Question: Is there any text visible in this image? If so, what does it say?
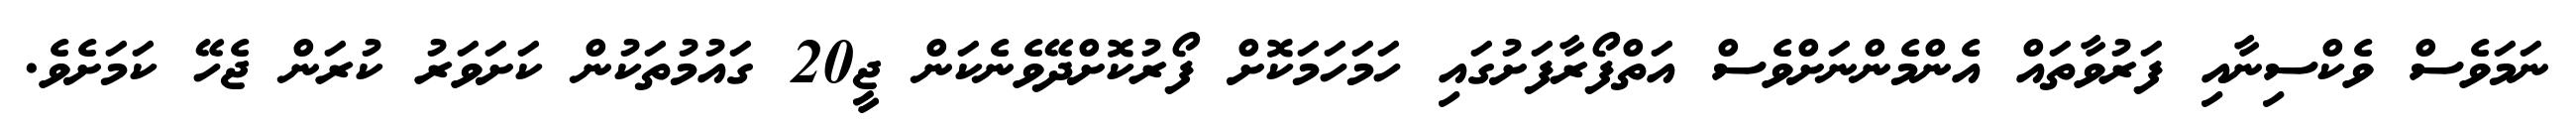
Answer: ނަމަވެސް ވެކްސިނާއި ފަރުވާތައް އެންމެންނަށްވެސް އަތްފޯރާފަށުގައި ހަމަހަމަކޮށް ފޯރުކޮށްދޭވެނެކަން ޖީ20 ގައުމުތަކުން ކަށަވަރު ކުރަން ޖެހޭ ކަމަށެވެ.